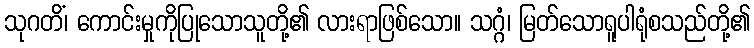
သုဂတိံ၊ ကောင်းမှုကိုပြုသောသူတို့၏ လားရာဖြစ်သော။ သဂ္ဂံ၊ မြတ်သောရူပါရုံစသည်တို့၏